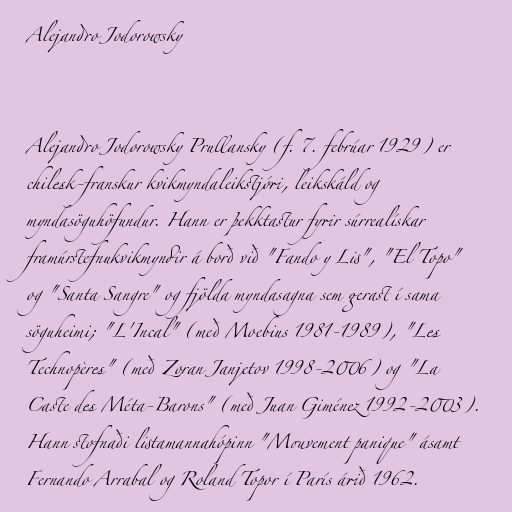
Alejandro Jodorowsky

Alejandro Jodorowsky Prullansky (f. 7. febrúar 1929) er
chilesk-franskur kvikmyndaleikstjóri, leikskáld og
myndasöguhöfundur. Hann er þekktastur fyrir súrrealískar
framúrstefnukvikmyndir á borð við "Fando y Lis", "El Topo"
og "Santa Sangre" og fjölda myndasagna sem gerast í sama
söguheimi; "L'Incal" (með Moebius 1981-1989), "Les
Technopères" (með Zoran Janjetov 1998-2006) og "La
Caste des Méta-Barons" (með Juan Giménez 1992-2003).
Hann stofnaði listamannahópinn "Mouvement panique" ásamt
Fernando Arrabal og Roland Topor í París árið 1962.